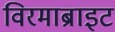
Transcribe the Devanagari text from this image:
विरमाब्राइट